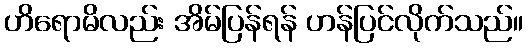
ဟိရောမိလည်း အိမ်ပြန်ရန် ဟန်ပြင်လိုက်သည်။